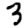
Digit: 3